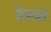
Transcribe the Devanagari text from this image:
हेम्बर